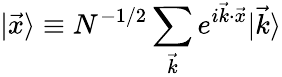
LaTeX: |\vec{x}\rangle\equiv N^{-1/2}\sum_{\vec{k}}e^{i\vec{k}\cdot\vec{x}}|\vec{k}\rangle